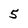
Character: 5